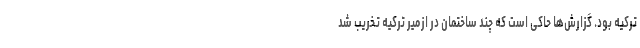
ترکیه بود. گزارش‌ها حاکی است که چند ساختمان در ازمیر ترکیه تخریب شد